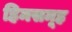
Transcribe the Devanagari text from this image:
हिमसमूह